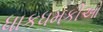
ધાકધમકીઓ